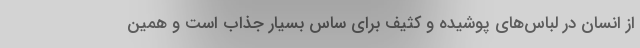
از انسان در لباس‌های پوشیده و كثیف برای ساس بسیار جذاب است و همین